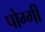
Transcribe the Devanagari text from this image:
पोग्गी